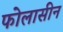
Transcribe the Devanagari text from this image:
फोलासीन